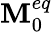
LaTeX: \mathbf{M}_{0}^{eq}